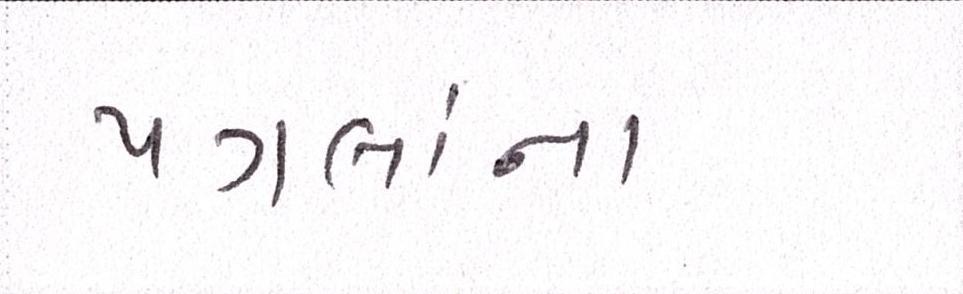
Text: પગલાંના